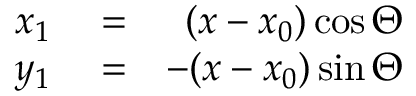
\begin{array} { r l r } { x _ { 1 } } & { { } = } & { ( x - x _ { 0 } ) \cos \Theta } \\ { y _ { 1 } } & { { } = } & { - ( x - x _ { 0 } ) \sin \Theta } \end{array}